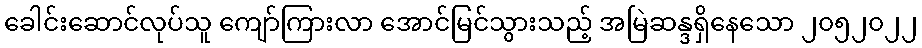
ခေါင်းဆောင်လုပ်သူ ကျော်ကြားလာ အောင်မြင်သွားသည့် အမြဲဆန္ဒရှိနေသော ၂၀၅၂၀၂၂